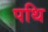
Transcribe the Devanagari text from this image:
पथि